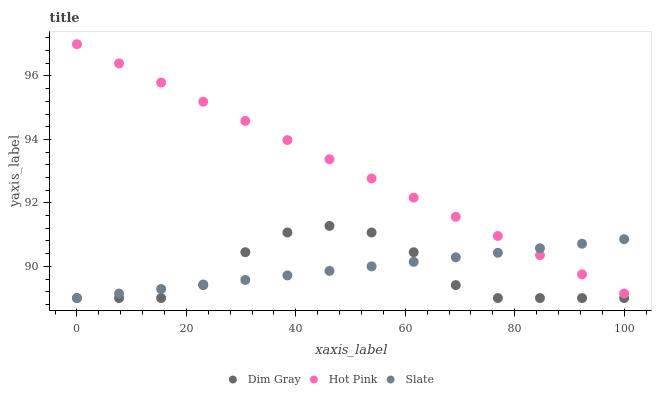
| xaxis_label | Dim Gray | Hot Pink | Slate |
 | --- | --- | --- | --- |
 | 0 | 89 | 97 | 89 |
 | 7.69 | 89 | 96.4 | 89.1 |
 | 15.4 | 89 | 95.8 | 89.3 |
 | 23.1 | 89.4 | 95.2 | 89.4 |
 | 30.8 | 90.4 | 94.6 | 89.6 |
 | 38.5 | 91.1 | 94 | 89.7 |
 | 46.2 | 91.3 | 93.4 | 89.9 |
 | 53.8 | 91.1 | 92.8 | 90 |
 | 61.5 | 90.4 | 92.2 | 90.1 |
 | 69.2 | 89.4 | 91.6 | 90.3 |
 | 76.9 | 89 | 91 | 90.4 |
 | 84.6 | 89 | 90.4 | 90.6 |
 | 92.3 | 89 | 89.7 | 90.7 |
 | 100 | 89 | 89.1 | 90.9 |